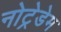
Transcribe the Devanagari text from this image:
नोट्रेडेम